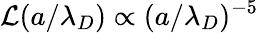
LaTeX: \mathcal{L}(a/\lambda_{D})\propto(a/\lambda_{D})^{-5}